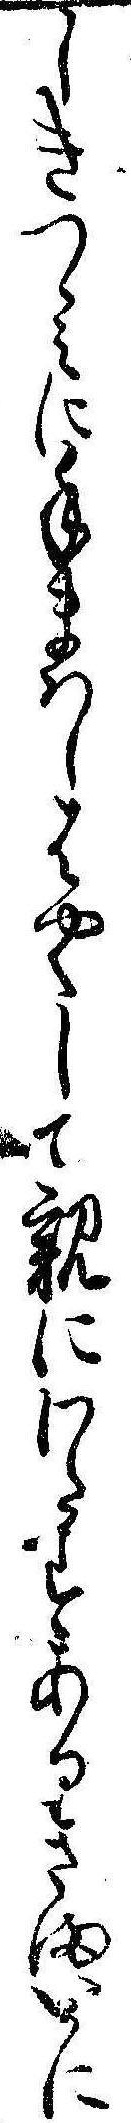
しきつゝみに手まはしはやくして親にわたすありさまいかに